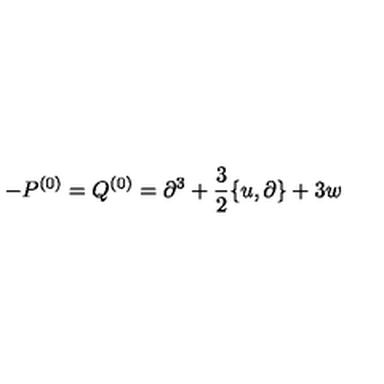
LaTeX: - P ^ { ( 0 ) } = Q ^ { ( 0 ) } = \partial ^ { 3 } + \frac { 3 } { 2 } \{ u , \partial \} + 3 w